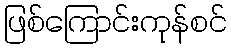
ဖြစ်ကြောင်းကုန်စင်